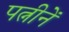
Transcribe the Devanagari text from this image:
पत्नीनें